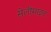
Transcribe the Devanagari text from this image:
सेलीमाइट